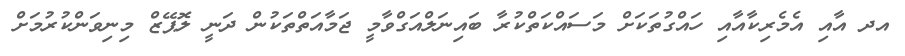
އދ އާއި އެމެރިކާއާއި ހައްގުތަކަށް މަސައްކަތްކުރާ ބައިނަލްއަގްވާމީ ޖަމާއަތްތަކުން ދަނީ ލޮޕޭޒް މިނިވަންކުރުމަށް